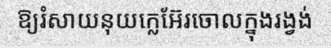
ឱ្យរំសាយនុយក្លេអ៊ែរចោលក្នុងរង្វង់